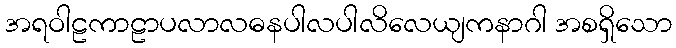
အရဝါဠကာဠာပလာလဓနပါလပါလိလေယျကနာဂါ အစရှိသော